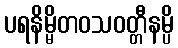
ပရနိမ္မိတဝသဝတ္တီနမ္ပိ